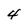
Character: 4